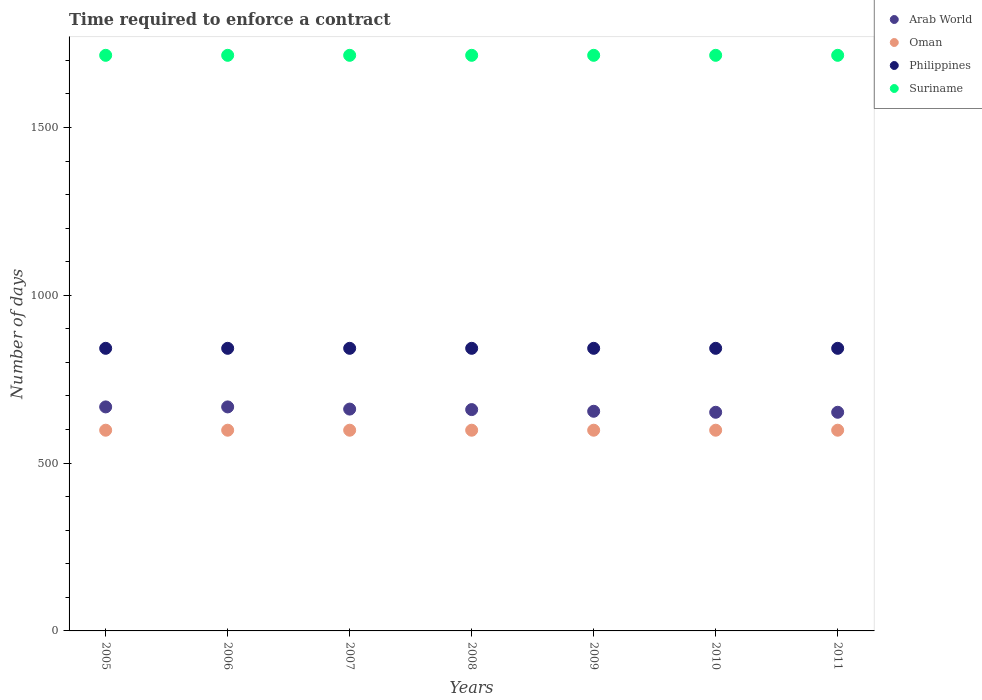
| Years | Arab World | Oman | Philippines | Suriname |
 | --- | --- | --- | --- | --- |
 | 2005 | 667 | 598 | 842 | 1.72e+03 |
 | 2006 | 667 | 598 | 842 | 1.72e+03 |
 | 2007 | 661 | 598 | 842 | 1.72e+03 |
 | 2008 | 659 | 598 | 842 | 1.72e+03 |
 | 2009 | 654 | 598 | 842 | 1.72e+03 |
 | 2010 | 651 | 598 | 842 | 1.72e+03 |
 | 2011 | 651 | 598 | 842 | 1.72e+03 |